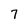
Character: 7